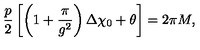
{ \frac { p } { 2 } } \left[ \left( 1 + { \frac { \pi } { g ^ { 2 } } } \right) \Delta \chi _ { 0 } + \theta \right] = 2 \pi M ,